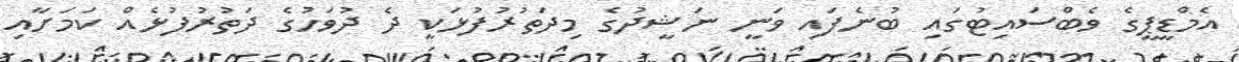
އެމްޑީޕީގެ ވެބްސައިޓުގައި ބުނެފައި ވަނީ ނަޝީދުގެ މިދަތުރުފުޅަކީ ދެ ދުވަހުގެ ދަތުރުފުޅެއް ކަމަށާއި